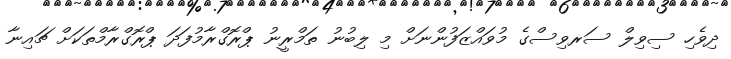
ދިވެހި ސިވިލް ސަރވިސްގެ މުވައްޒަފުންނަށް މި ލިބުނު ތަމްރީނު ޕްރޮގްރާމުފަދަ ޕްރޮގްރާމްތަކަށް ޗައިނާ